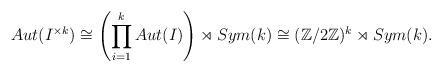
LaTeX: \begin{align*}Aut(I^{\times k}) \cong \left( \prod_{i=1}^k Aut(I) \right) \rtimes Sym(k) \cong (\mathbb{Z}/2\mathbb{Z})^k \rtimes Sym(k). \end{align*}